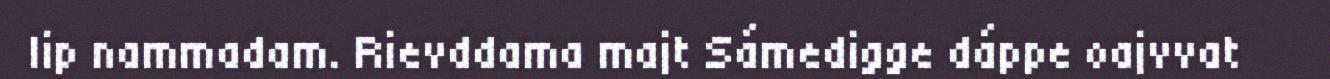
lip nammadam. Rievddama majt Sámedigge dáppe oajvvat